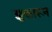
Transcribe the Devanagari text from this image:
झुकारून